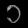
Digit: ၁